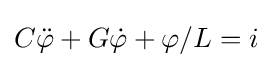
C{\ddot {\varphi }}+G{\dot {\varphi }}+\varphi /L=i